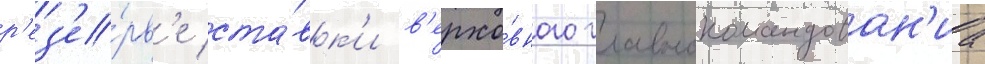
р'ез'е́рв'е ста́вк'и в'ерхо́вного главнокомандован'иа